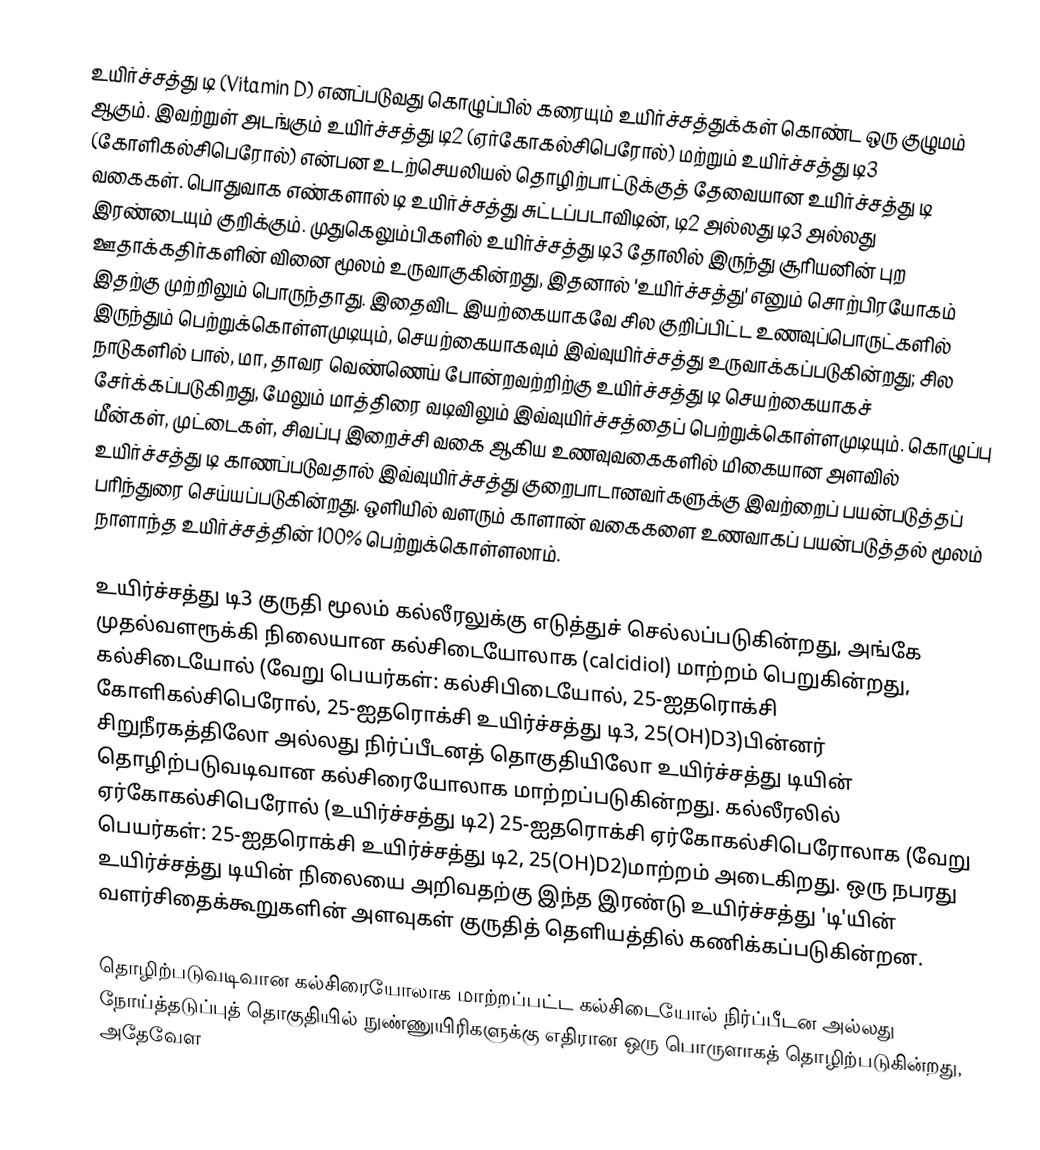
உயிர்ச்சத்து டி (Vitamin D) எனப்படுவது கொழுப்பில் கரையும் உயிர்ச்சத்துக்கள் கொண்ட ஒரு குழுமம் ஆகும். இவற்றுள் அடங்கும் உயிர்ச்சத்து டி2 (ஏர்கோகல்சிபெரோல்) மற்றும் உயிர்ச்சத்து டி3 (கோளிகல்சிபெரோல்) என்பன உடற்செயலியல் தொழிற்பாட்டுக்குத் தேவையான உயிர்ச்சத்து டி வகைகள். பொதுவாக எண்களால் டி உயிர்ச்சத்து சுட்டப்படாவிடின்,  டி2 அல்லது  டி3 அல்லது  இரண்டையும் குறிக்கும். முதுகெலும்பிகளில் உயிர்ச்சத்து டி3 தோலில் இருந்து சூரியனின் புற ஊதாக்கதிர்களின் வினை மூலம் உருவாகுகின்றது, இதனால் 'உயிர்ச்சத்து' எனும் சொற்பிரயோகம் இதற்கு முற்றிலும் பொருந்தாது. இதைவிட இயற்கையாகவே சில குறிப்பிட்ட உணவுப்பொருட்களில் இருந்தும் பெற்றுக்கொள்ளமுடியும், செயற்கையாகவும் இவ்வுயிர்ச்சத்து உருவாக்கப்படுகின்றது; சில நாடுகளில் பால், மா, தாவர வெண்ணெய் போன்றவற்றிற்கு உயிர்ச்சத்து டி செயற்கையாகச் சேர்க்கப்படுகிறது, மேலும் மாத்திரை வடிவிலும் இவ்வுயிர்ச்சத்தைப் பெற்றுக்கொள்ளமுடியும். கொழுப்பு மீன்கள், முட்டைகள், சிவப்பு இறைச்சி வகை ஆகிய உணவுவகைகளில் மிகையான அளவில் உயிர்ச்சத்து டி காணப்படுவதால் இவ்வுயிர்ச்சத்து குறைபாடானவர்களுக்கு இவற்றைப் பயன்படுத்தப் பரிந்துரை செய்யப்படுகின்றது. ஒளியில் வளரும் காளான் வகைகளை உணவாகப் பயன்படுத்தல் மூலம் நாளாந்த உயிர்ச்சத்தின் 100% பெற்றுக்கொள்ளலாம்.

உயிர்ச்சத்து டி3 குருதி மூலம் கல்லீரலுக்கு எடுத்துச் செல்லப்படுகின்றது, அங்கே முதல்வளரூக்கி நிலையான கல்சிடையோலாக (calcidiol) மாற்றம் பெறுகின்றது,  கல்சிடையோல் (வேறு பெயர்கள்: கல்சிபிடையோல், 25-ஐதரொக்சி கோளிகல்சிபெரோல், 25-ஐதரொக்சி உயிர்ச்சத்து டி3, 25(OH)D3)பின்னர் சிறுநீரகத்திலோ அல்லது நிர்ப்பீடனத் தொகுதியிலோ உயிர்ச்சத்து டியின் தொழிற்படுவடிவான கல்சிரையோலாக மாற்றப்படுகின்றது. கல்லீரலில் ஏர்கோகல்சிபெரோல் (உயிர்ச்சத்து டி2) 25-ஐதரொக்சி ஏர்கோகல்சிபெரோலாக (வேறு பெயர்கள்: 25-ஐதரொக்சி உயிர்ச்சத்து டி2, 25(OH)D2)மாற்றம் அடைகிறது. ஒரு நபரது உயிர்ச்சத்து டியின் நிலையை அறிவதற்கு இந்த இரண்டு உயிர்ச்சத்து 'டி'யின் வளர்சிதைக்கூறுகளின் அளவுகள்  குருதித் தெளியத்தில் கணிக்கப்படுகின்றன.

தொழிற்படுவடிவான கல்சிரையோலாக மாற்றப்பட்ட கல்சிடையோல் நிர்ப்பீடன அல்லது நோய்த்தடுப்புத் தொகுதியில் நுண்ணுயிரிகளுக்கு எதிரான ஒரு பொருளாகத் தொழிற்படுகின்றது, அதேவேள